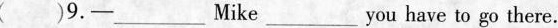
( )9.—— ___ Mike ___ you have to go there.